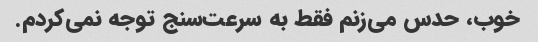
خوب، حدس می‌زنم فقط به سرعت‌سنج توجه نمی‌کردم.